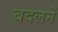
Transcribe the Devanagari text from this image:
बदलनें